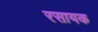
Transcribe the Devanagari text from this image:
रसायक